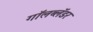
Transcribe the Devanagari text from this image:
गॉलब्लॅडर